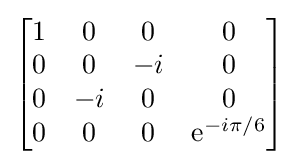
{\begin{bmatrix}1&0&0&0\\0&0&-i&0\\0&-i&0&0\\0&0&0&\mathrm {e} ^{-i\pi /6}\end{bmatrix}}